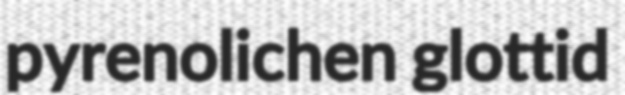
pyrenolichen glottid